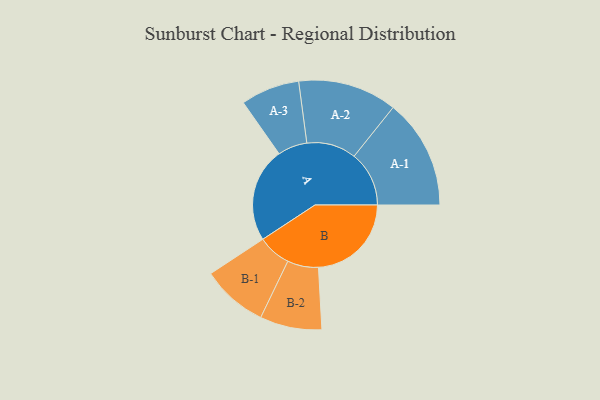
{"axis": {"x": "Segment", "y": "Value"}, "legend": ["", "A", "B"], "data": [{"x": "A", "y": 485, "type": ""}, {"x": "B", "y": 477, "type": ""}, {"x": "A-1", "y": 282, "type": "A"}, {"x": "A-2", "y": 254, "type": "A"}, {"x": "A-3", "y": 151, "type": "A"}, {"x": "B-1", "y": 170, "type": "B"}, {"x": "B-2", "y": 159, "type": "B"}]}